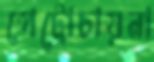
পেট্রোচায়না